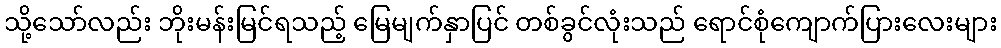
သို့သော်လည်း ဘိုးမန်းမြင်ရသည့် မြေမျက်နှာပြင် တစ်ခွင်လုံးသည် ရောင်စုံကျောက်ပြားလေးများ